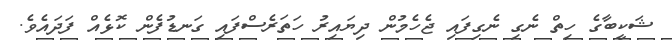
ޝަކީބާގެ ހިތް ނެގި ނެގިފައި ޖެހެމުން ދިޔައިރު ހަތަރެސްފައި ގަނޑުފެން ކޮޅެއް ފަދައެވެ.